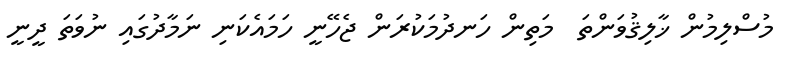
މުސްލިމުން ޚާލިޤުވަންތަ  މަތިން ހަނދުމަކުރަން ޖެހޭނީ ހަމައެކަނި ނަމާދުގައި ނުވަތަ ދީނީ